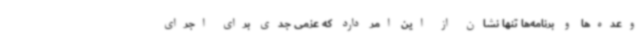
وعده‌ها و برنامه‌ها تنها نشان از این امر دارد که عزمی جدی برای اجرای